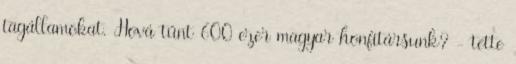
tagállamokat. Hová tűnt 600 ezer magyar honfitársunk? - tette